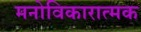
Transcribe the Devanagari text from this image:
मनोविकारात्मक